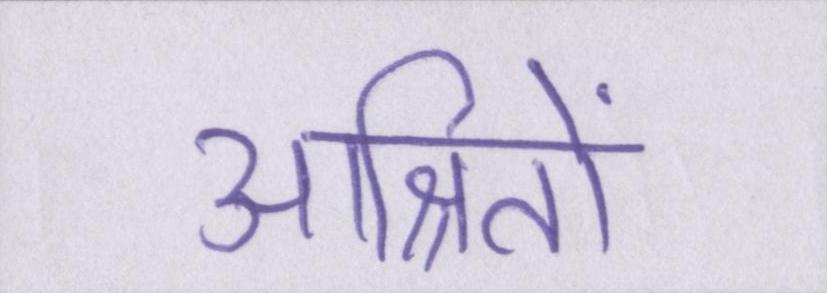
आश्रितों